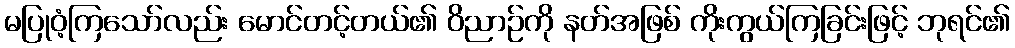
မပြုဝံ့ကြသော်လည်း မောင်တင့်တယ်၏ ဝိညာဉ်ကို နတ်အဖြစ် ကိုးကွယ်ကြခြင်းဖြင့် ဘုရင်၏